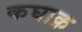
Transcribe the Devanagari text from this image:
कघाक़